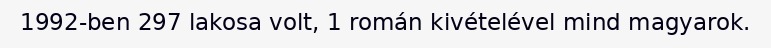
1992-ben 297 lakosa volt, 1 román kivételével mind magyarok.